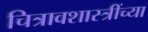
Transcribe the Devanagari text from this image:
चित्रावशास्त्रींच्या